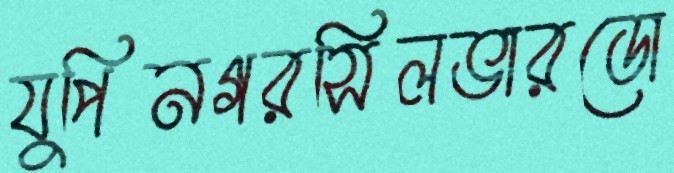
যুপিনগরসিলভারডো